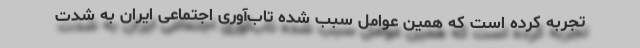
تجربه کرده است که همین عوامل سبب شده تاب‌آوری اجتماعی ایران به شدت